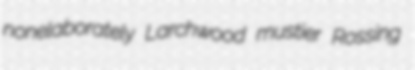
nonelaborately Larchwood mustier Rossing